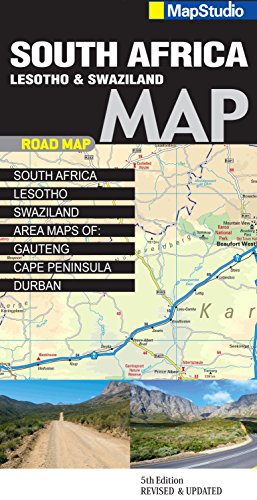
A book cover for South Africa - Lesotho and Swaziland: MS.R85; Travel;